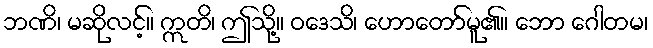
ဘဏိ၊ မဆိုလင့်။ ဣတိ၊ ဤသို့။ ဝဒေသိ၊ ဟောတော်မူ၏။ ဘော ဂေါတမ၊